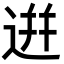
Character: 逬